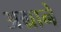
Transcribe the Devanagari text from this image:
अग्राने